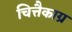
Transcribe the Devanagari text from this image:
चित्तैकाग्र